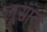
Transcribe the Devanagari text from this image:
लूसाक